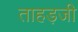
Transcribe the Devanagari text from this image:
ताहड़जी